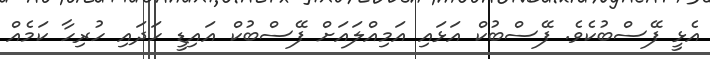
އެޅީ ފޭސްބުކެވެ. ފޭސްބުކް އަޅައި އަމިއްލައަށް ފޭސްބުކް އައިޑީ ހަދައި ހުރިހާ ކަމެއް